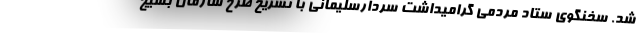
شد. سخنگوی ستاد مردمی گرامیداشت سردارسلیمانی با تشریح طرح سازمان بسیج